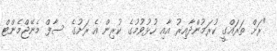
"ރަށް ތަރައްގީ ކުރަމުންދާއިރު އާއި ހުޅުވުމުގެ ކުރިން އެ ރަށުގެ ސާފް މެނޭޖްމެންޓް